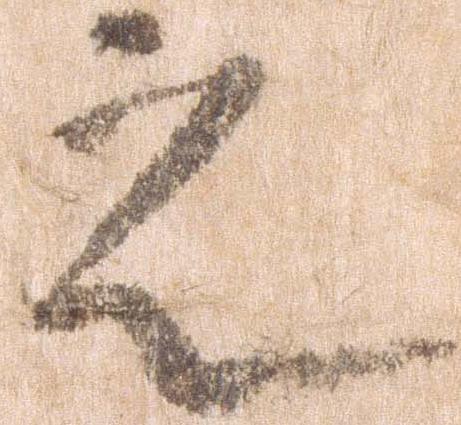
之